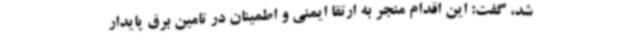
شد، گفت: این اقدام منجر به ارتقا ایمنی و اطمینان در تامین برق پایدار